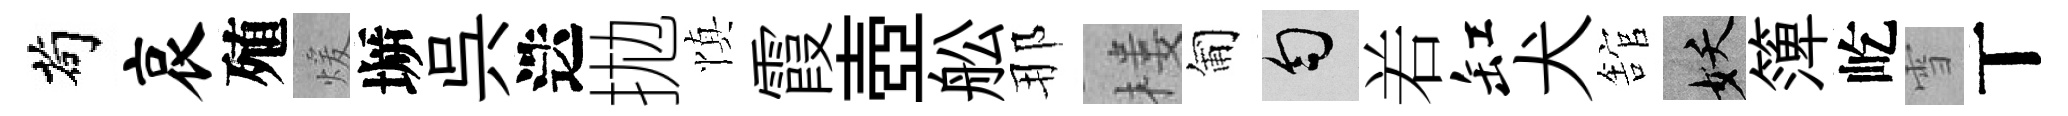
茍哀殖煖󶱲呉迭拋慎霞壺舩那楼匍匀𠰥缸犬舘妖𥱼屹雪丅